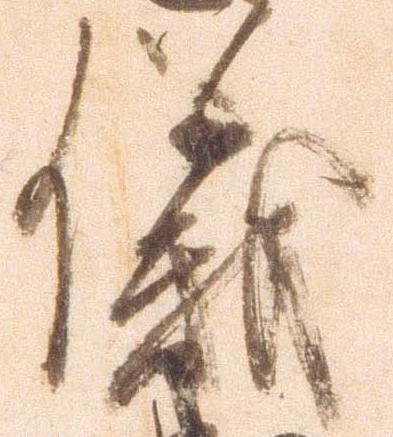
儀